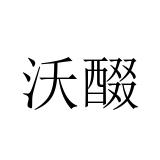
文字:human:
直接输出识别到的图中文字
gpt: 沃醊